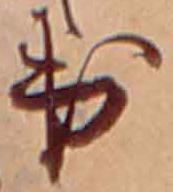
出